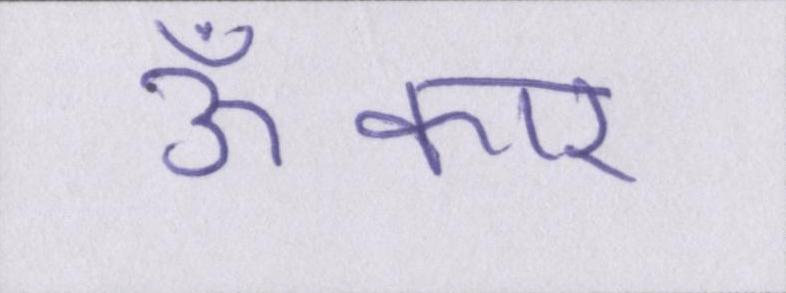
ॐकार